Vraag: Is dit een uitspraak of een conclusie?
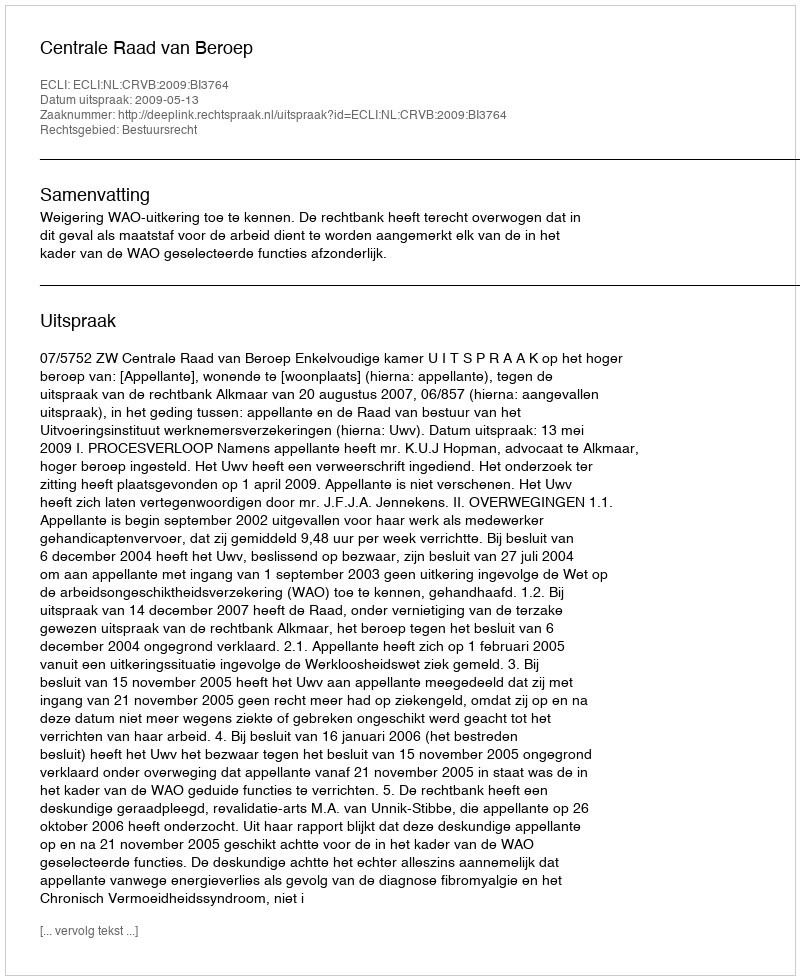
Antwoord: Uitspraak